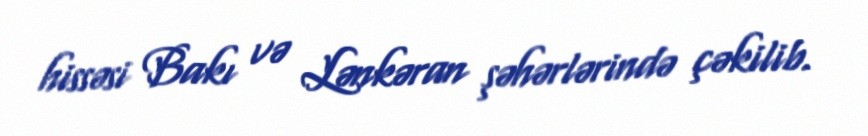
hissəsi Bakı və Lənkəran şəhərlərində çəkilib.